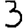
Digit: 3